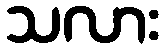
သလား